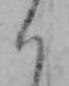
く